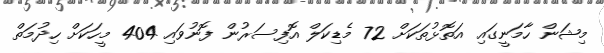
މިޝަން ހާމަނީގައި އަތޮޅުތަކަށް 72 މެޑިކަލް އޮފިސަރުން ފޮނުވައި 404 މީހަކަށް ހިދުމަތް